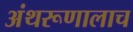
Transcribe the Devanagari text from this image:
अंथरूणालाच